V__Kingissepa_nim__kolhoos, lk 41
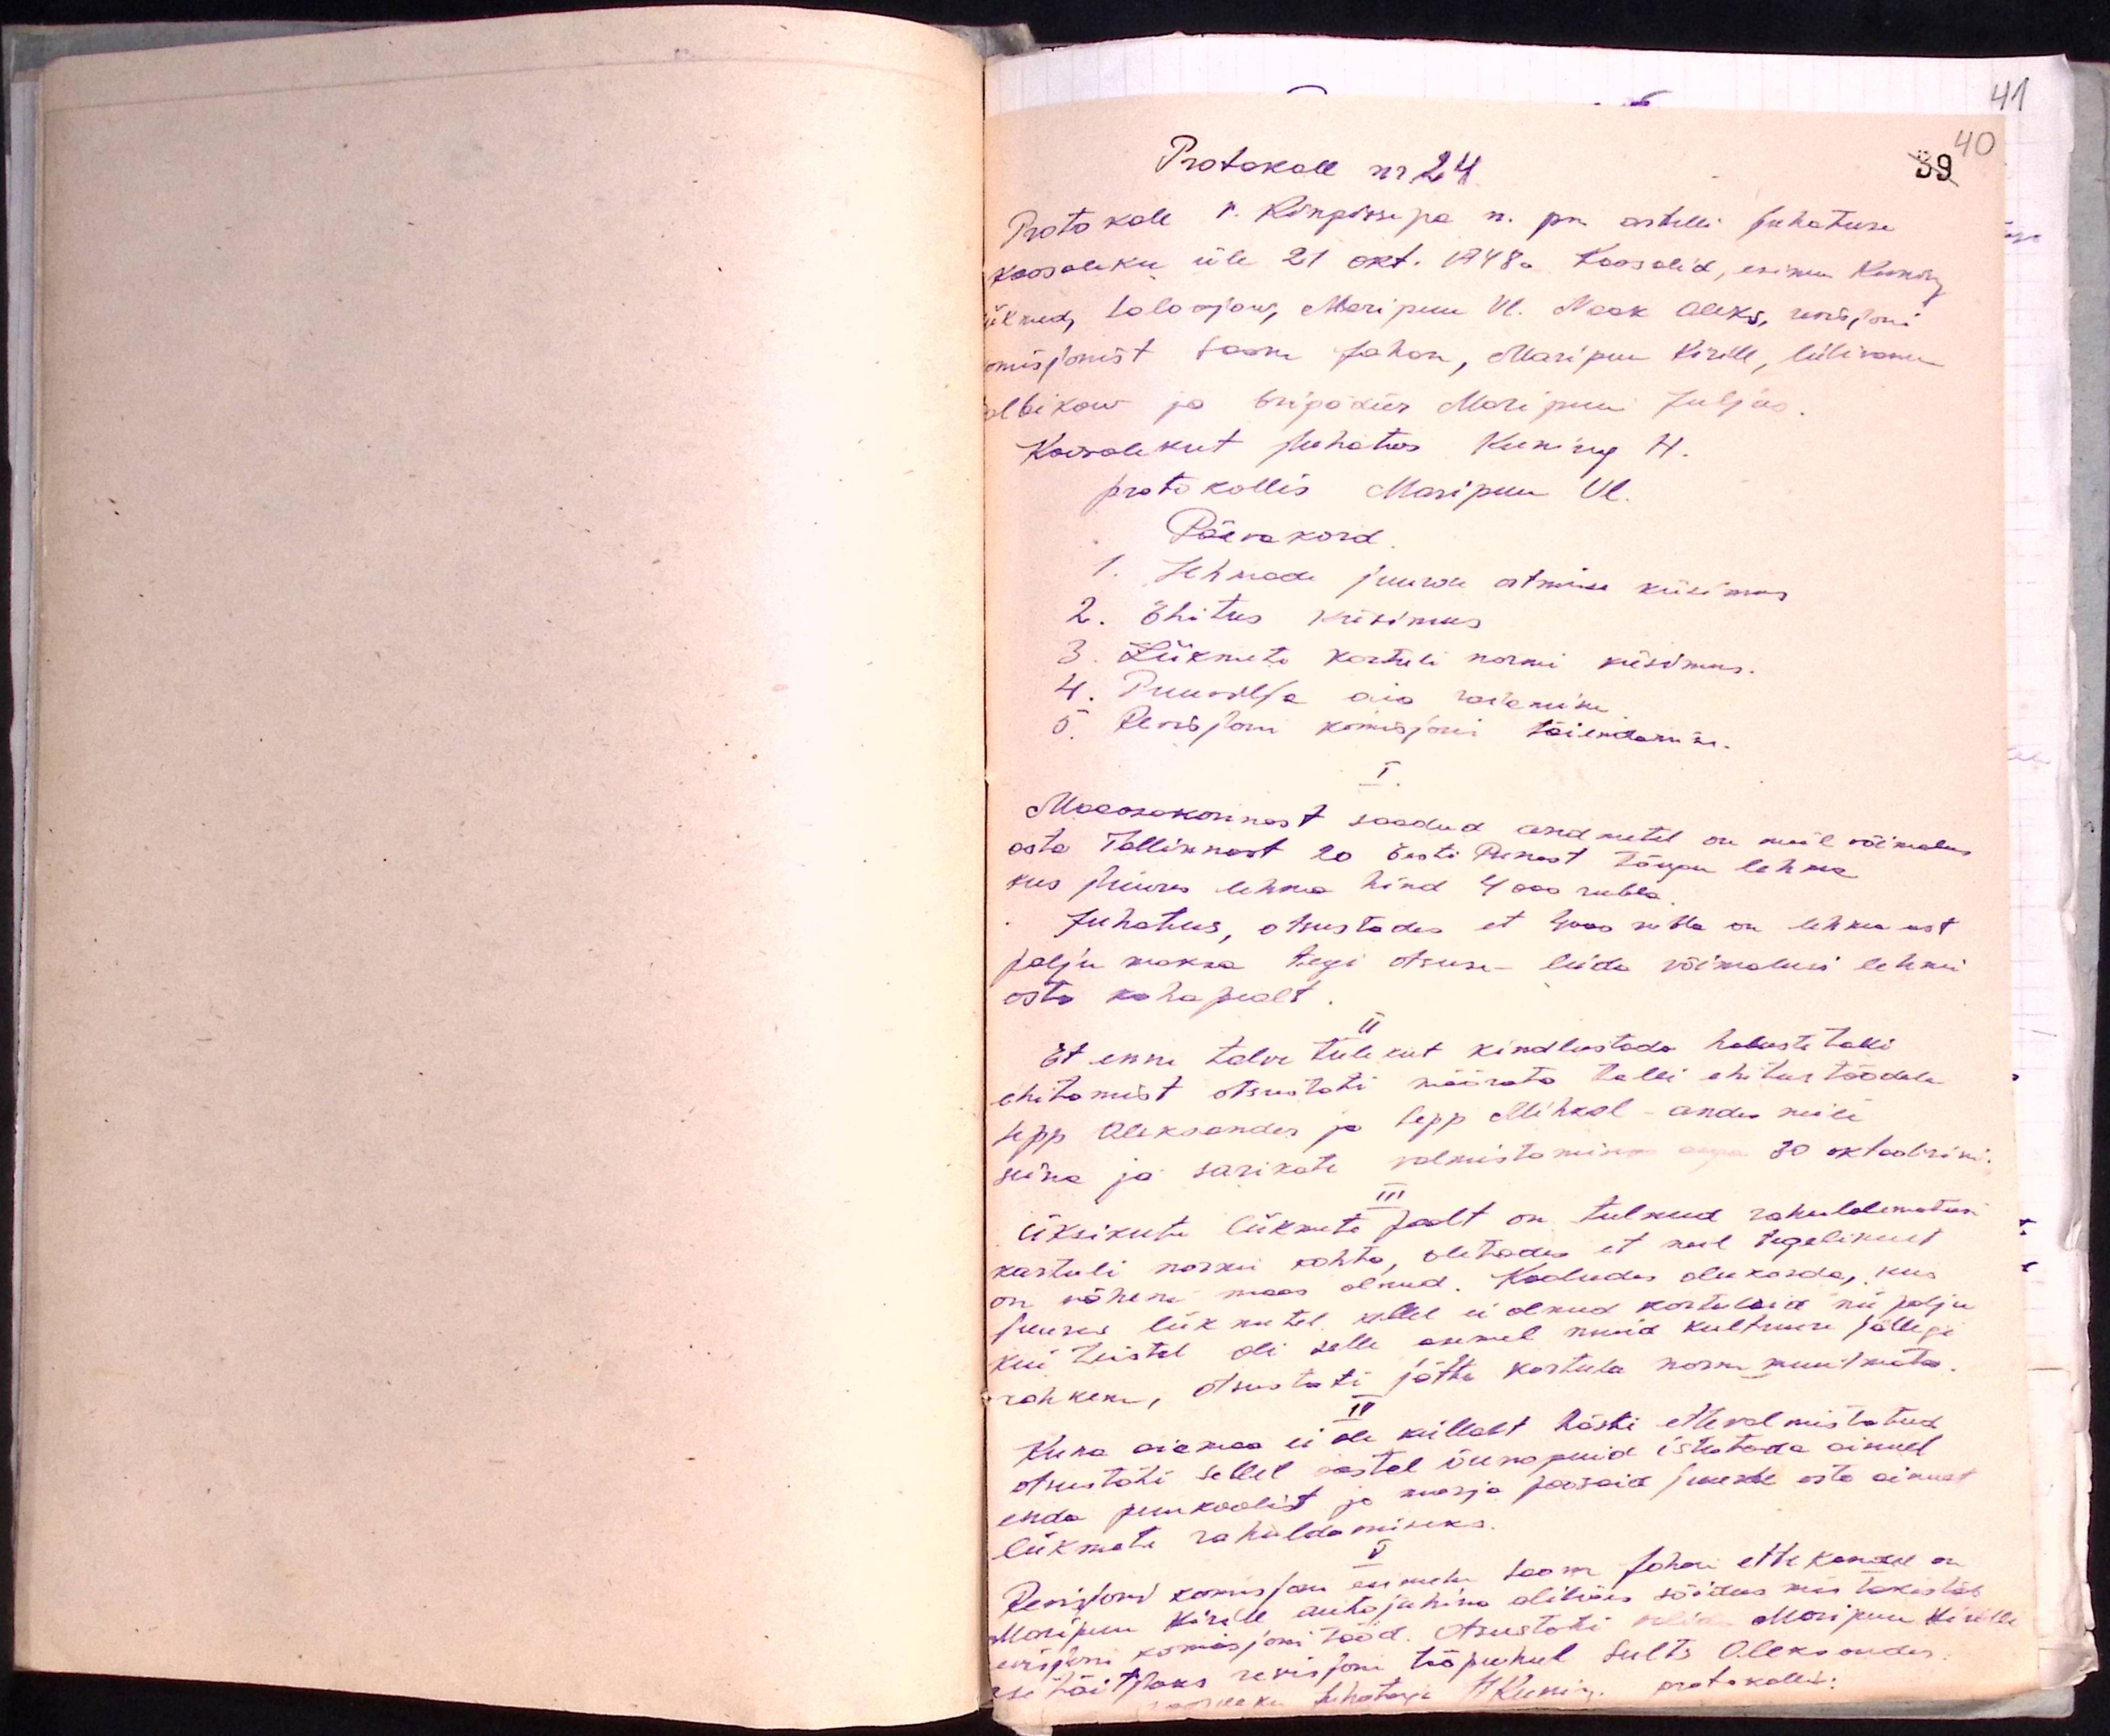
Protokoll nr 24
Protokoll V. Kingissepa n. pm. artelli Juhatuse
koosoleku üle 21 okt. 1948a. Koos olid, esimees Kuning
liikmed, Solowjow, Maripuu Vl. Naak Aleks, revisjoni
komisjonist Soom Johan, Maripuu Kirill, lülivanem
olbikow ja brigadiir Maripuu Juljas.
Koosolekut Juhatas Kuning H.
protokollis Maripuu Vl.
Päevakord
1. Lehmade juurde ostmise küsimus
2. Ehitus küsimus
3. Liikmete kartuli normi küsimus.
4. Puuvilja aia raiamine
5. Revisjoni komisjoni täiendamine.
I.
Maaosakonnast saadud andmetel on meil võimalus
osta Tallinnast 20 Eesti Punast tõugu lehma
kus juures lehma hind 4 000 rubla
Juhatus, otsustades, et 4000 rubla on lehma eest
palju maksa tegi otsuse- leida võimalusi lehmi
osta koha pealt
II
Et enne talve tulekut kindlustada hobustetalli
ehitamist otsustati määrata talli ehitus töödele
Sepp Aleksander ja Sepp Mihkel - andis neile
seina ja sarikate valmistamise aega 30 oktoobrini
III
Üksikute liikmete poolt on tulnud rahuldamatus
kartuli normi kohta, oletades et neil tegelikult
on vähem maas olnud. Kodudes olukorda, kus
juures liikmetel kellel ei olnud kartuleid nii palju
kui teistel oli selle asemel nüüd kultuuri jällegi
rohkem, otsustati jätta kartula normi muudmata.
IV
Kuna aiamaa ei ole küllalt hästi ettevalmistatud
otsustati sellel aastal õunapuid istutada ainult
enda puukoolist ja marja põõsaid juurde osta ainult
liikmete rahuldamiseks.
V
Revisjoni komisjoni esimehe Soom Johan ettekandes on
Maripuu Kirill autojuhina alevis sõidus mis takistab
revisjoni komisjoni tööd. Osustati valida Maripuu Kirilli
asetäitjaks revisjoni tööpuhul Sults Aleksander
koosoleku Juhataja II Kleekir. protokollit: